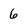
Character: 6